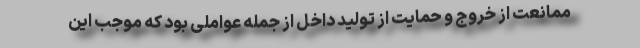
ممانعت از خروج و حمایت از تولید داخل از جمله عواملی بود که موجب این